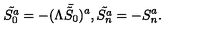
\tilde { S _ { 0 } ^ { a } } = - ( \Lambda \bar { \tilde { S } _ { 0 } } ) ^ { a } , \tilde { S _ { n } ^ { a } } = - S _ { n } ^ { a } .